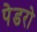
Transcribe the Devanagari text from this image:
पेडरो